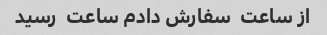
از ساعت  سفارش دادم ساعت  رسید